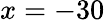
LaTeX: x=-30